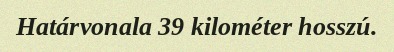
Határvonala 39 kilométer hosszú.